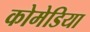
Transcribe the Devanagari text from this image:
कोमेडिया